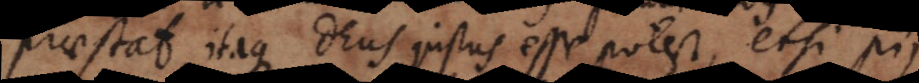
praestat, itaque Deus justus esse potest, etsi pii